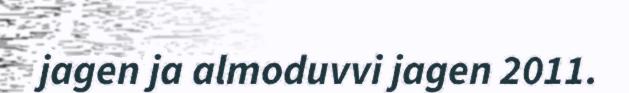
jagen ja almoduvvi jagen 2011.